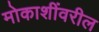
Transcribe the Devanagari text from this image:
मोकाशींवरील